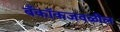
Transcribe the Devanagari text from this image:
बँकॉकजवळील